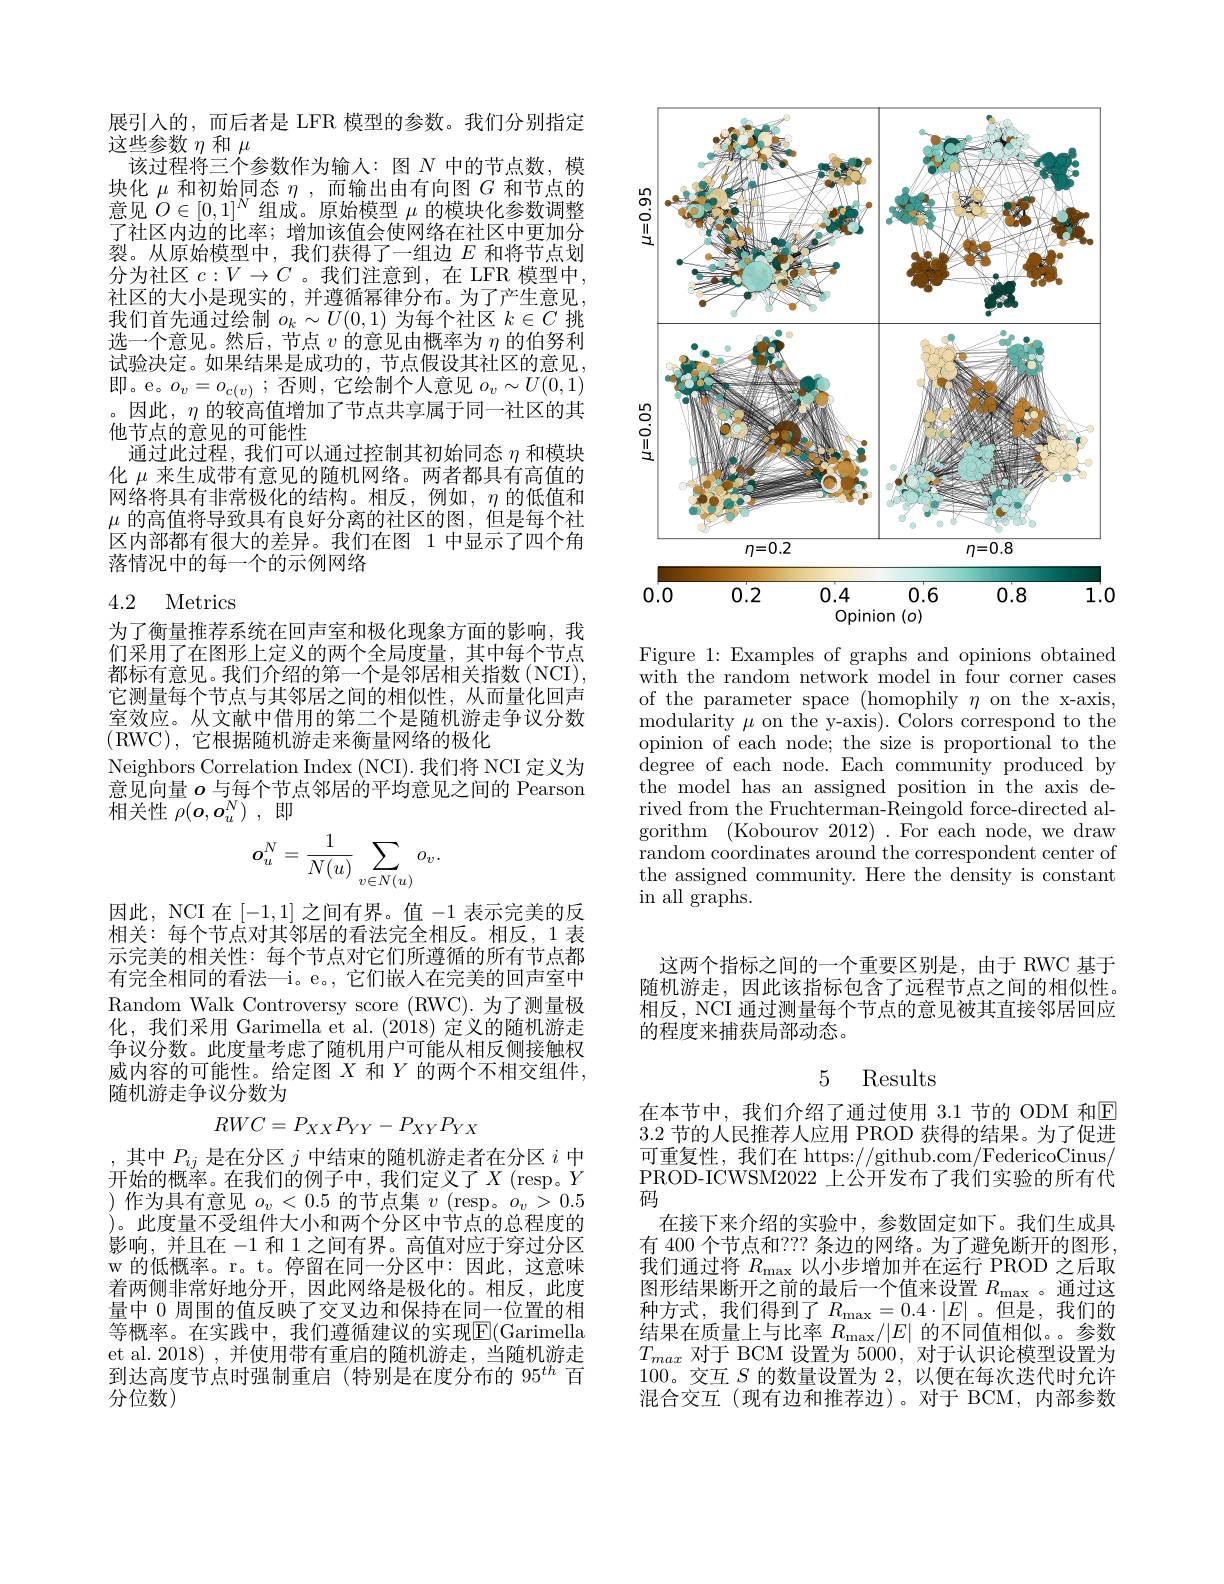
展引入的，而后者是 LFR 模型的参数。我们分别指定
这些参数$\eta$和$\mu$
该过程将三个参数作为输人：图$N$中的节点数，模块化$\mu$和初始同态$\eta$ ,而输出由有向图$G$和节点的意见$O\in[0,1]^{N}$组成。原始模型$\mu$的模块化参数调整了社区内边的比率；增加该值会使网络在社区中更加分裂。从原始模型中，我们获得了一组边$E$和将节点划分为社区$c:V\to C$ 。我们注意到，在 LFR 模型中， 社区的大小是现实的，并遵循幂律分布。为了产生意见， 我们首先通过绘制$o_k\sim U(0,1)$为每个社区$k\in C$挑选一个意见。然后，节点$v$的意见由概率为$\eta$的伯努利试验决定。如果结果是成功的，节点假设其社区的意见， 即。e。$o_v=o_{c(v)}$;否则，它绘制个人意见$o_v\sim U(0,1)$ 。因此，$\eta$的较高值增加了节点共享属于同一社区的其他节点的意见的可能性
通过此过程，我们可以通过控制其初始同态$\eta$和模块化$\mu$来生成带有意见的随机网络。两者都具有高值的网络将具有非常极化的结构。相反，例如，$\eta$的低值和$\mu$的高值将导致具有良好分离的社区的图，但是每个社区内部都有很大的差异。我们在图 1 中显示了四个角落情况中的每一个的示例网络

## 4.2 Metrics

为了衡量推荐系统在回声室和极化现象方面的影响，我们采用了在图形上定义的两个全局度量，其中每个节点都标有意见。我们介绍的第一个是邻居相关指数(NCI), 它测量每个节点与其邻居之间的相似性，从而量化回声室效应。从文献中借用的第二个是随机游走争议分数(RWC),它根据随机游走来衡量网络的极化
Neighbors Correlation Index (NCI). 我们将 NCI 定义为意见向量$o$与每个节点邻居的平均意见之间的 Pearson 相关性$\overline\rho(\boldsymbol{o},\boldsymbol{o}_{u}^{N})$ ,即
$$\boldsymbol{o}_u^N=\frac{1}{N(u)}\sum_{v\in N(u)}o_v.$$
因此，NCI 在[-1,1]之间有界。值-1表示完美的反相关：每个节点对其邻居的看法完全相反。相反，1 表示完美的相关性：每个节点对它们所遵循的所有节点都有完全相同的看法—i。e。, 它们嵌人在完美的回声室中Random Walk Controversy score (RWC).为了测量极化，我们采用 Garimella et al. (2018) 定义的随机游走争议分数。此度量考虑了随机用户可能从相反侧接触权威内容的可能性。给定图$X$和$Y$的两个不相交组件， 随机游走争议分数为
$$RWC=P_{XX}P_{YY}-P_{XY}P_{YX}$$
,其中$P_ij$是在分区$j$中结束的随机游走者在分区$i$中开始的概率。在我们的例子中，我们定义了$X$(resp。Y )作为具有意见$o_v<0.5$的节点集$v$ (resp。$o_v>0.5$ )。此度量不受组件大小和两个分区中节点的总程度的影响，并且在-1和 1 之间有界。高值对应于穿过分区w 的低概率。r。t。停留在同一分区中：因此，这意味着两侧非常好地分开，因此网络是极化的。相反，此度量中 0 周围的值反映了交叉边和保持在同一位置的相等概率。在实践中，我们遵循建议的实现$\overline{\mathrm{E}}($Garimella et al. 2018) , 并使用带有重启的随机游走，当随机游走到达高度节点时强制重启(特别是在度分布的 95$^{th}$百分位数)

<FigureHere>

Figure 1: Examples of graphs and opinions obtained with the random network model in four corner cases of the parameter space (homophily $\eta$ on the x-axis, modularity $\mu$ on the y-axis). Colors correspond to the opinion of each node; the size is proportional to the degree of each node. Each community produced by the model has an assigned position in the axis derived from the Fruchterman-Reingold force-directed algorithm (Kobourov $2012).\bar{\text{For each node, we draw}}$ random coordinates around the correspondent center of the assigned community. Here the density is constant in all graphs.

这两个指标之间的一个重要区别是，由于 RWC 基于随机游走，因此该指标包含了远程节点之间的相似性。相反，NCI 通过测量每个节点的意见被其直接邻居回应的程度来捕获局部动态。

### 5 Results

在本节中，我们介绍了通过使用 3.1 节的 ODM 和$\boxed{\mathrm{E}}$ 3.2节的人民推荐人应用 PROD 获得的结果。为了促进可重复性，我们在 https://github.com/FedericoCinus, PROD-ICWSM2022 上公开发布了我们实验的所有代码
在接下来介绍的实验中，参数固定如下。我们生成具有 400 个节点和？?? 条边的网络。为了避免断开的图形我们通过将$R_\mathrm{max}$以小步增加并在运行 PROD 之后取图形结果断开之前的最后一个值来设置$R_\mathrm{max}$ 。通过这种方式，我们得到了$R_\mathrm{max}=0.4\cdot|E|$。但是，我们的结果在质量上与比率$R_\mathrm{max}/|E|$的不同值相似。。参数$T_{max}$对于 BCM 设置为 5000, 对于认识论模型设置为100。交互$S$的数量设置为2，以便在每次迭代时允许混合交互(现有边和推荐边)。对于 BCM,内部参数